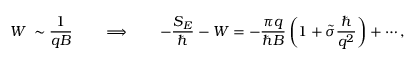
W \: \sim \frac { 1 } { q B } \qquad \Longrightarrow \qquad - \frac { S _ { E } } { \hbar } - W = - \frac { \pi q } { \hbar B } \, \biggl ( 1 + \tilde { \sigma } \frac { \hbar } { q ^ { 2 } } \biggr ) + \cdots ,